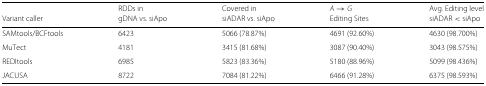
|  | RDDs in | Covered in | A→G | Avg. Editing level |
 | Variant caller | gDNA vs. siApo | siADAR vs. siApo | Editing Sites | siADAR < siApo |
 | --- | --- | --- | --- | --- |
 | SAMtools/BCFtools | 6423 | 5066 (78.87%) | 4691 (92.60%) | 4630 (98.700%) |
 | MuTect | 4181 | 3415 (81.68%) | 3087 (90.40%) | 3043 (98.575%) |
 | REDItools | 6985 | 5823 (83.36%) | 5180 (88.96%) | 5099 (98.436%) |
 | JACUSA | 8722 | 7084 (81.22%) | 6466 (91.28%) | 6375 (98.593%) |